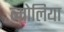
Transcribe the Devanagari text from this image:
ब्म्रोलिया